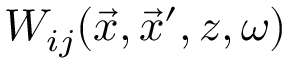
W _ { i j } ( \vec { x } , \vec { x } ^ { \prime } , z , \omega )